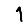
Digit: 1